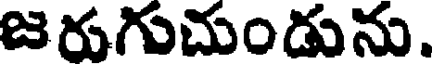
జరుగుచుండును.